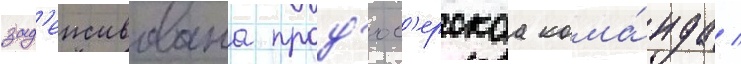
зад'еиствована прод'юс'ерскаа кома́нда /